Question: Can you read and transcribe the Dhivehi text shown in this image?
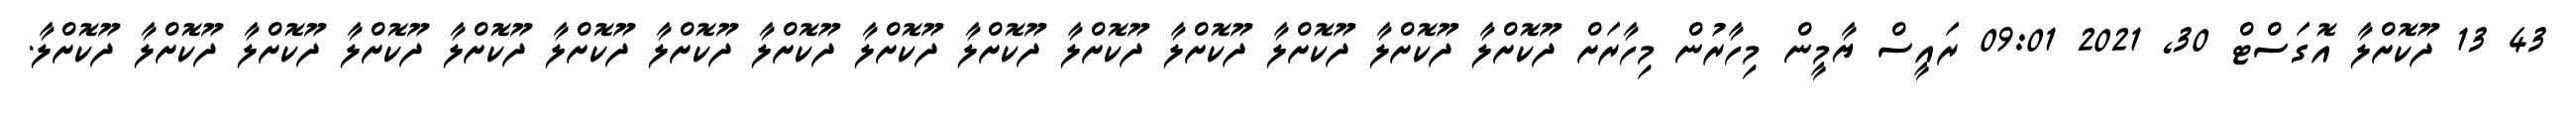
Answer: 43 13 ދޫކޮށްލާ އޮގަސްޓް 30, 2021 09:01 ރައީސް ޔާމީން މިހާރުން މިހާރަށް ދޫކޮށްލާ ދޫކޮށްލާ ދޫކޮށްލާ ދޫކޮށްލާ ދޫކޮށްލާ ދޫކޮށްލާ ދޫކޮށްލާ ދޫކޮށްލާ ދޫކޮށްލާ ދޫކޮށްލާ ދޫކޮށްލާ ދޫކޮށްލާ ދޫކޮށްލާ ދޫކޮށްލާ ދޫކޮށްލާ.